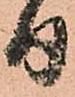
日